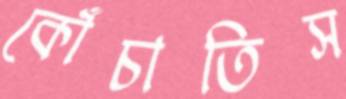
কোঁচাতিস